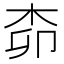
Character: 𱣊